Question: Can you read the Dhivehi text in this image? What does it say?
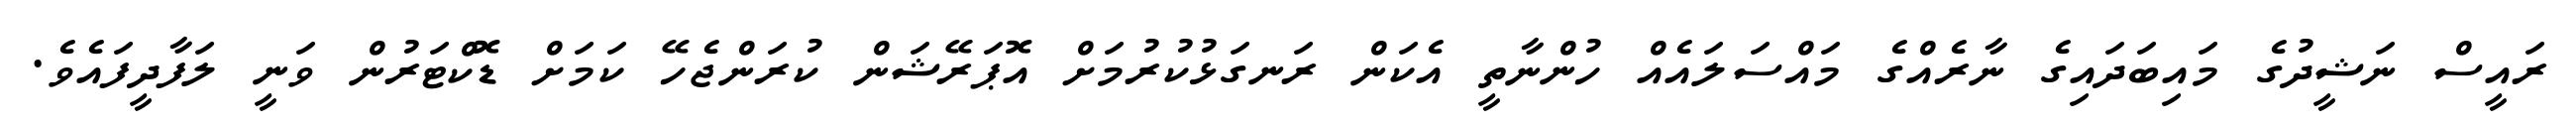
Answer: ރައީސް ނަޝީދުގެ މައިބަދައިގެ ނާރެއްގެ މައްސަލައެއް ހުންނާތީ އެކަން ރަނގަޅުކުރުމަށް އޮޕަރޭޝަން ކުރަންޖެހޭ ކަމަށް ޑޮކްޓަރުން ވަނީ ލަފާދީފައެވެ.